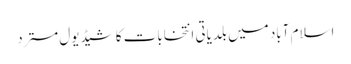
اسلام آباد میں بلدیاتی انتخابات کا شیڈیول مسترد